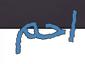
احم